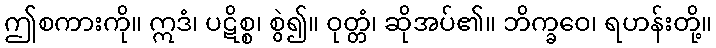
ဤစကားကို။ ဣဒံ၊ ပဋိစ္စ၊ စွဲ၍။ ဝုတ္တံ၊ ဆိုအပ်၏။ ဘိက္ခဝေ၊ ရဟန်းတို့။